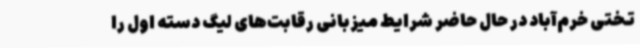
تختی خرم‌آباد در حال حاضر شرایط میزبانی رقابت‌های لیگ دسته اول را